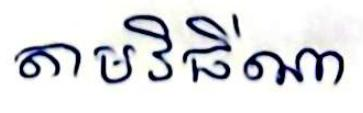
តាមវិធីណា